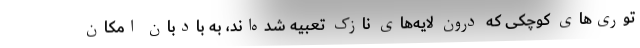
توری‌های کوچکی که درون لایه‌های نازک تعبیه شده‌اند، به بادبان امکان